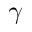
\gamma